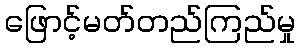
ဖြောင့်မတ်တည်ကြည်မှု